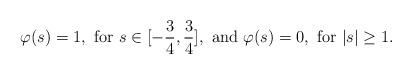
LaTeX: \begin{align*} \varphi(s)=1, {\rm \ for \ } s \in [-\frac 34, \frac 34], {\rm \ and \ } \varphi (s)=0, {\rm \ for \ } \vert s \vert \geq 1.\end{align*}